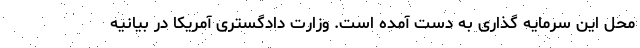
محل این سرمایه گذاری به دست آمده است. وزارت دادگستری آمریکا در بیانیه